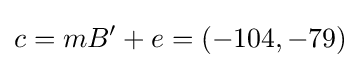
c=mB'+e=(-104,-79)